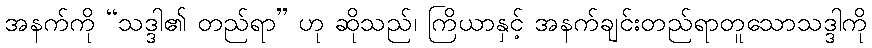
အနက်ကို “သဒ္ဒါ၏ တည်ရာ” ဟု ဆိုသည်၊ ကြိယာနှင့် အနက်ချင်းတည်ရာတူသောသဒ္ဒါကို